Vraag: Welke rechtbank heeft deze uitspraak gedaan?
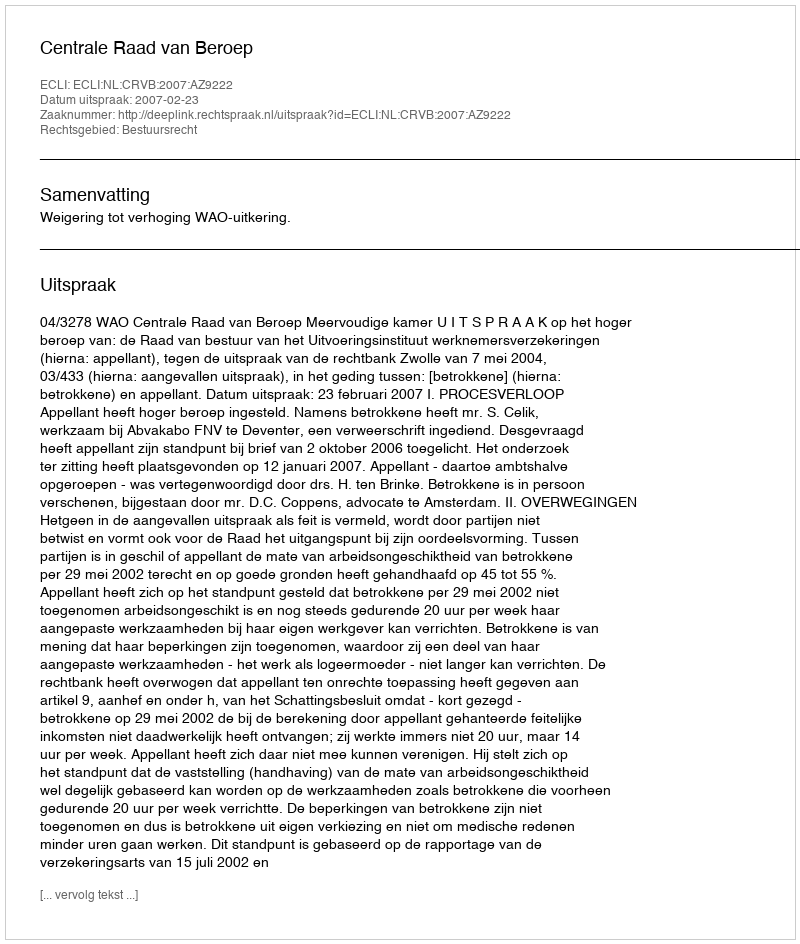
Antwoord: Centrale Raad van Beroep